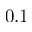
0 . 1